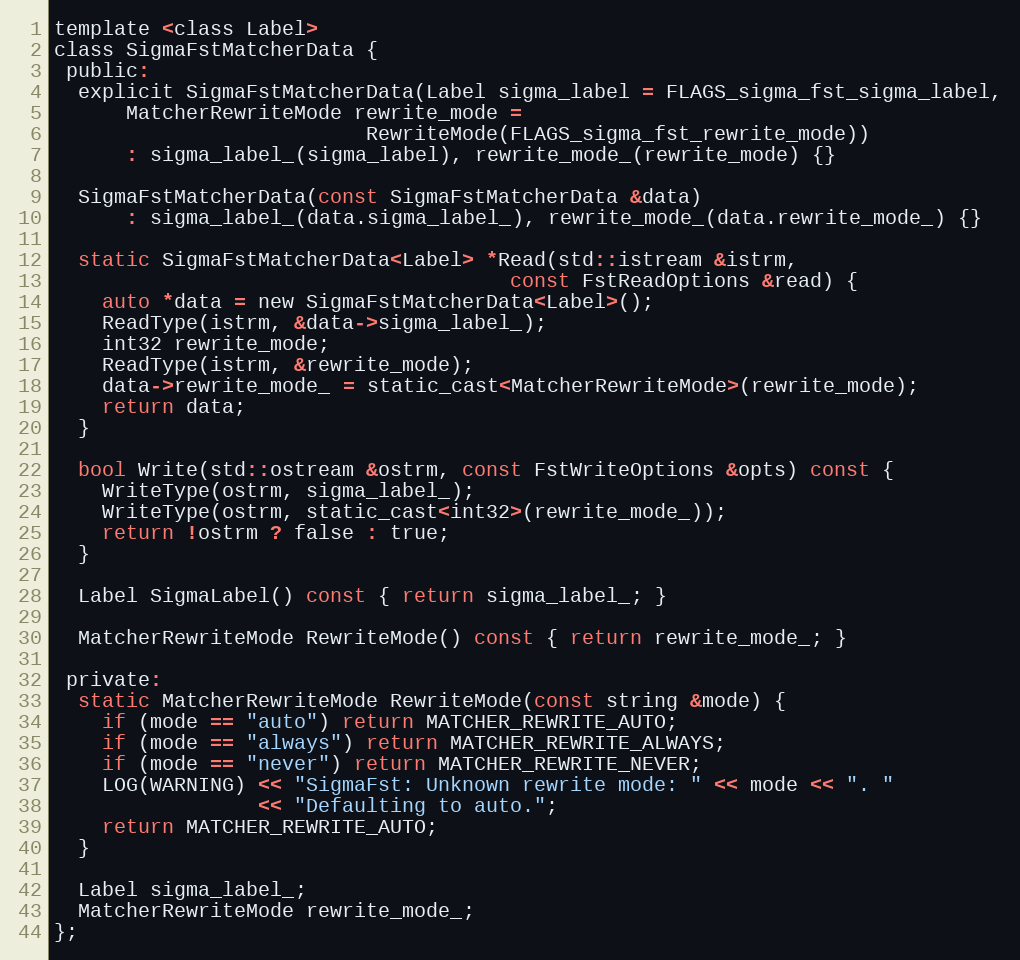
Language: C
template <class Label>
class SigmaFstMatcherData {
 public:
  explicit SigmaFstMatcherData(Label sigma_label = FLAGS_sigma_fst_sigma_label,
      MatcherRewriteMode rewrite_mode =
                          RewriteMode(FLAGS_sigma_fst_rewrite_mode))
      : sigma_label_(sigma_label), rewrite_mode_(rewrite_mode) {}

  SigmaFstMatcherData(const SigmaFstMatcherData &data)
      : sigma_label_(data.sigma_label_), rewrite_mode_(data.rewrite_mode_) {}

  static SigmaFstMatcherData<Label> *Read(std::istream &istrm,
                                      const FstReadOptions &read) {
    auto *data = new SigmaFstMatcherData<Label>();
    ReadType(istrm, &data->sigma_label_);
    int32 rewrite_mode;
    ReadType(istrm, &rewrite_mode);
    data->rewrite_mode_ = static_cast<MatcherRewriteMode>(rewrite_mode);
    return data;
  }

  bool Write(std::ostream &ostrm, const FstWriteOptions &opts) const {
    WriteType(ostrm, sigma_label_);
    WriteType(ostrm, static_cast<int32>(rewrite_mode_));
    return !ostrm ? false : true;
  }

  Label SigmaLabel() const { return sigma_label_; }

  MatcherRewriteMode RewriteMode() const { return rewrite_mode_; }

 private:
  static MatcherRewriteMode RewriteMode(const string &mode) {
    if (mode == "auto") return MATCHER_REWRITE_AUTO;
    if (mode == "always") return MATCHER_REWRITE_ALWAYS;
    if (mode == "never") return MATCHER_REWRITE_NEVER;
    LOG(WARNING) << "SigmaFst: Unknown rewrite mode: " << mode << ". "
                 << "Defaulting to auto.";
    return MATCHER_REWRITE_AUTO;
  }

  Label sigma_label_;
  MatcherRewriteMode rewrite_mode_;
};